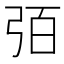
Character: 㢶